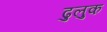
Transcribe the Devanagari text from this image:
ढुलुक